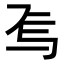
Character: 𬻆